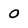
Character: 0